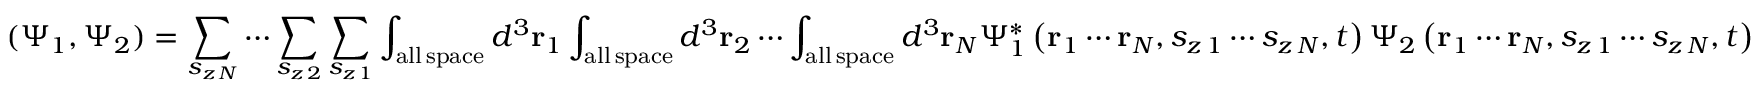
( \Psi _ { 1 } , \Psi _ { 2 } ) = \sum _ { s _ { z \, N } } \cdots \sum _ { s _ { z \, 2 } } \sum _ { s _ { z \, 1 } } \int _ { \mathrm { a l l \, s p a c e } } d ^ { 3 } \mathbf { r } _ { 1 } \int _ { \mathrm { a l l \, s p a c e } } d ^ { 3 } \mathbf { r } _ { 2 } \cdots \int _ { \mathrm { a l l \, s p a c e } } d ^ { 3 } \mathbf { r } _ { N } \Psi _ { 1 } ^ { * } \left( \mathbf { r } _ { 1 } \cdots \mathbf { r } _ { N } , s _ { z \, 1 } \cdots s _ { z \, N } , t \right) \Psi _ { 2 } \left( \mathbf { r } _ { 1 } \cdots \mathbf { r } _ { N } , s _ { z \, 1 } \cdots s _ { z \, N } , t \right)